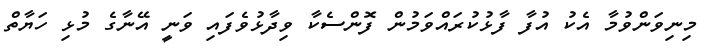
މިނިވަންވުމާ އެކު އުފާ ފާޅުކުރައްވަމުން ފޮންސެކާ ވިދާޅުވެފައި ވަނީ އޭނާގެ މުޅި ހަޔާތް